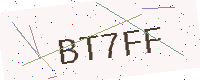
Text: BT7FF